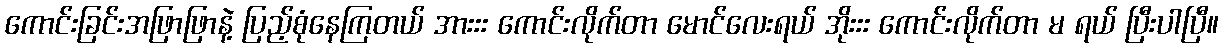
ကောင်းခြင်းအဖြာဖြာနဲ့ ပြည့်စုံနေကြတယ် အားးး ကောင်းလိုက်တာ မောင်လေးရယ် အိုးးး ကောင်းလိုက်တာ မ ရယ် ပြီးပါပြီ။